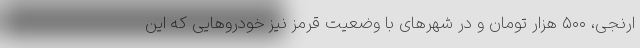
ارنجی، ۵۰۰ هزار تومان و در شهرهای با وضعیت قرمز نیز خودروهایی که این